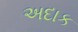
અદાક